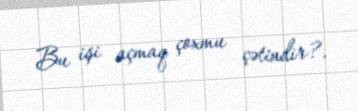
Bu işi açmaq çoxmu çətindir?.